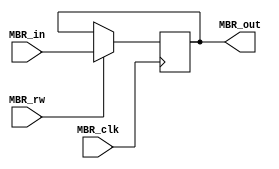
module MBR(
    input[7:0] MBR_in,
	output[7:0] MBR_out,
	input MBR_rw, MBR_clk);
	 
	reg[7:0] MBR_out = 8'h02;
	wire[7:0] MBR_next;
	 
	always @(posedge MBR_clk)
	begin
		MBR_out <= MBR_next;
	end
		
	assign MBR_next = MBR_rw ? MBR_in : MBR_out;

endmodule